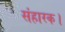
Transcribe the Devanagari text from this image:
संहारक।